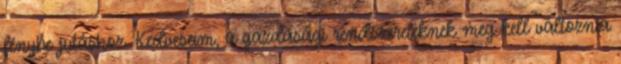
fénybe jutáshoz. Kedveseim, a gazdasági rendszereteknek meg kell változnia